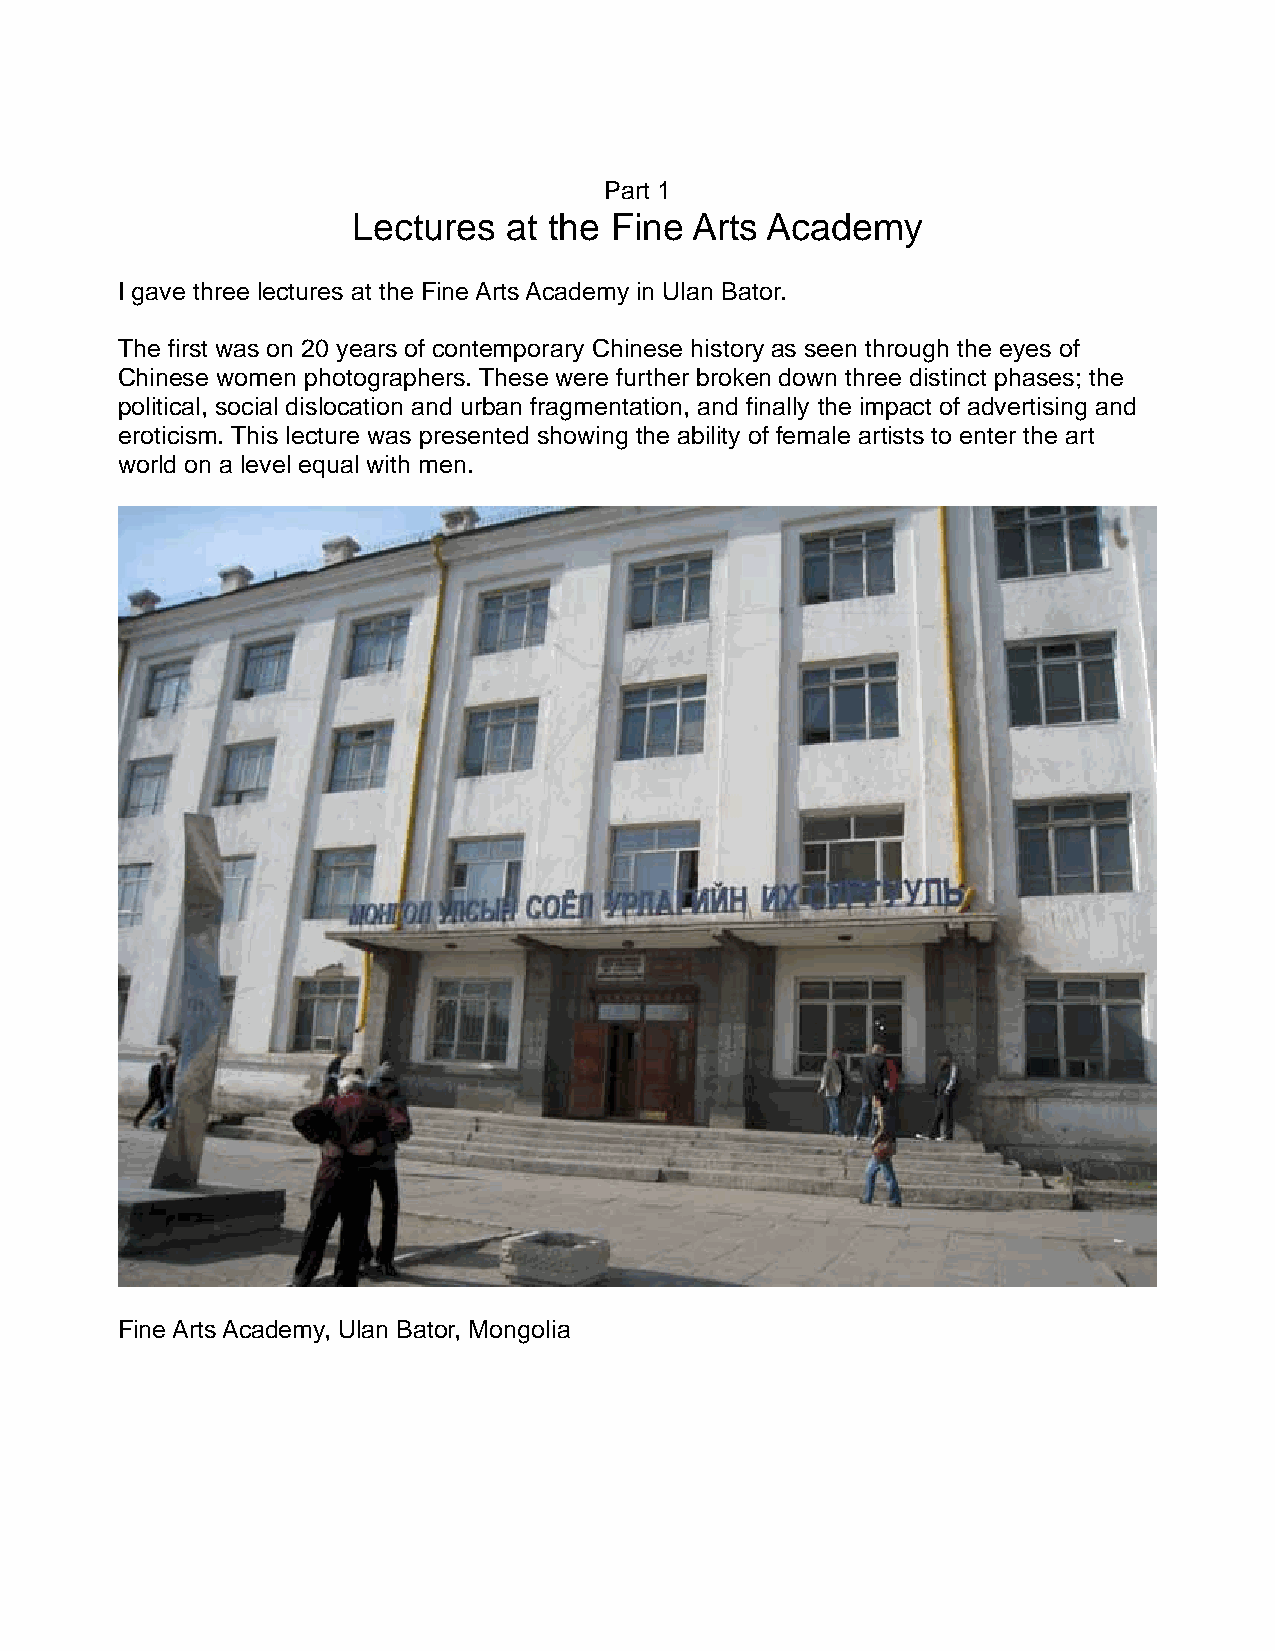
Part 1
 Lectures   at the Fine Arts Academy
 I gave three lectures at the Fine Arts Academy in Ulan Bator.
 The first was on 20 years of contemporary Chinese history as seen through the eyes of
 Chinese women photographers. These were further broken down three distinct phases; the
 political, social dislocation and urban fragmentation, and finally the impact of advertising and
 eroticism. This lecture was presented showing the ability of female artists to enter the art
 world on a level equal with men.
 Fine Arts Academy, Ulan Bator, Mongolia